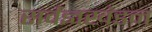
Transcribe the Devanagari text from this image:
सर्वज्ञखंडन